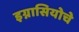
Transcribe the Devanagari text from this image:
इग्नासियोचे